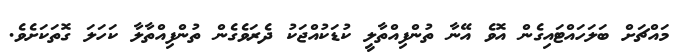
މައްޗަށް ބަލަހައްޓައިގެން އޮވެ އޭނާ ތުންފިއްތާލީ ކުޑަކުއްޖަކު ދެރަވެގެން ތުންފިއްތާލާ ކަހަލަ ގޮތަކަށެވެ.